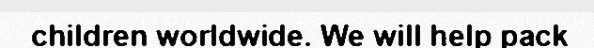
children worldwide. We will help pack